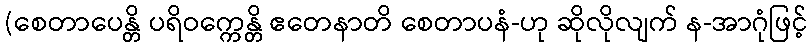
(စေတာပေန္တိ ပရိဝက္ကေန္တိ ဧတေနာတိ စေတာပနံ-ဟု ဆိုလိုလျက် န-အာဂုံဖြင့်